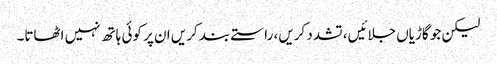
لیکن جو گاڑیاں جلائیں، تشدد کریں، راستے بند کریں ان پر کوئی ہاتھ نہیں اٹھاتا۔